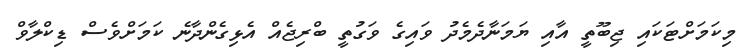
މިކަމަށްޓަކައި ޖިބޫތީ އާއި ޔަމަނާދެމެދު ވައިގެ ވަގުތީ ބްރިޖެއް އެޅިގެންދާނެ ކަމަށްވެސް ޑިކްލާވް